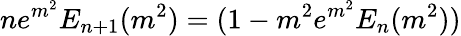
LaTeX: ne^{m^{2}}E_{n+1}(m^{2})=(1-m^{2}e^{m^{2}}E_{n}(m^{2}))